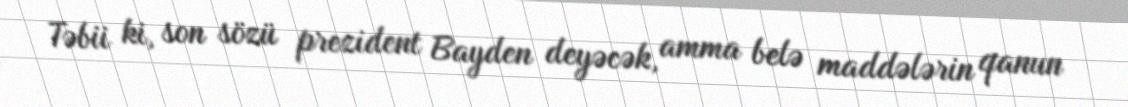
Təbii ki, son sözü prezident Bayden deyəcək, amma belə maddələrin qanun